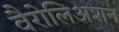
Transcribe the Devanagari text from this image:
वैरोलिअशन